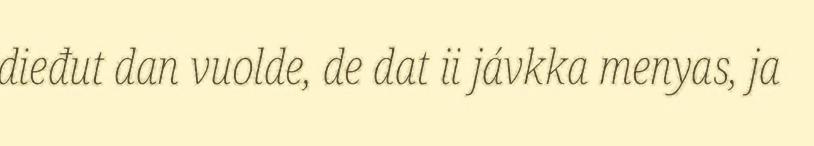
dieđut dan vuolde, de dat ii jávkka menyas, ja